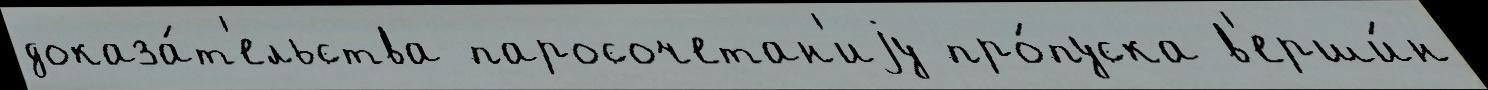
доказа́т'ельства паросочетан'иjу про́пуска в'ерши́н